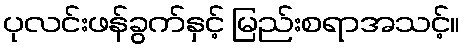
ပုလင်းဖန်ခွက်နှင့် မြည်းစရာအသင့်။